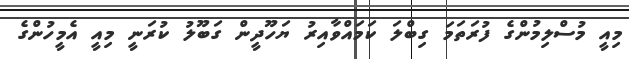
މިއީ މުސްލިމުންގެ ފުރަތަމަ ގިބްލަ ކަމައްވާއިރު ޔަހޫދީން ގަބޫލު ކުރަނީ މިއީ އެމީހުންގެ